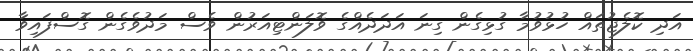
އަދި ކޮލެޖުތައް ހުޅުވުމާ ގުޅިގެން ގިނަ އަދަދެއްގެ ވޮލަންޓިއަރުން ވެސް މަދުވެގެން ގޮސްފައިވާ